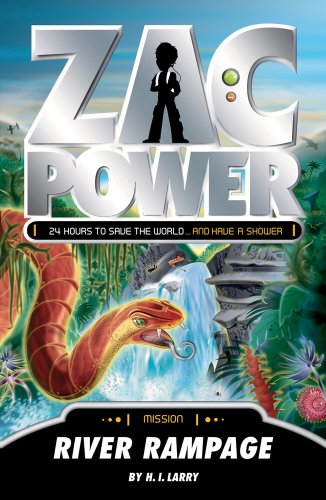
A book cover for River Rampage (Zac Power); H. I. Larry; Children's Books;